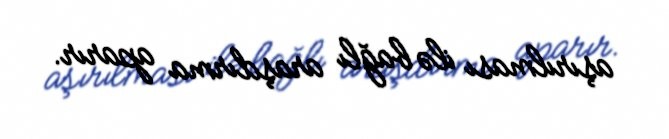
aşırılması ilə bağlı araşdırma aparır.